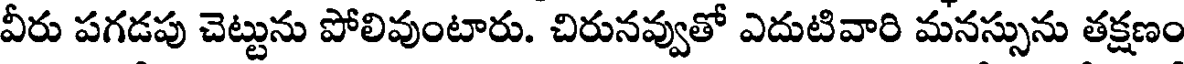
వీరు పగడపు చెట్టును పోలివుంటారు. చిరునవ్వుతో ఎదుటివారి మనస్సును తక్షణం